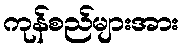
ကုန်စည်များအား